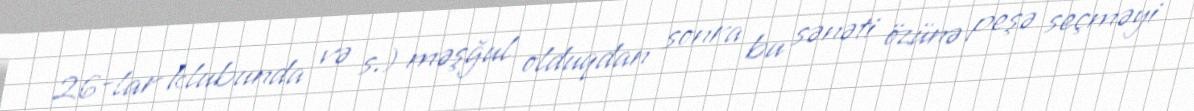
26-lar klubunda və s.) məşğul olduqdan sonra bu sənəti özünə peşə seçməyi